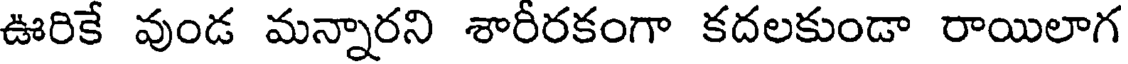
ఊరికే వుండ మన్నారని శారీరకంగా కదలకుండా రాయిలాగ